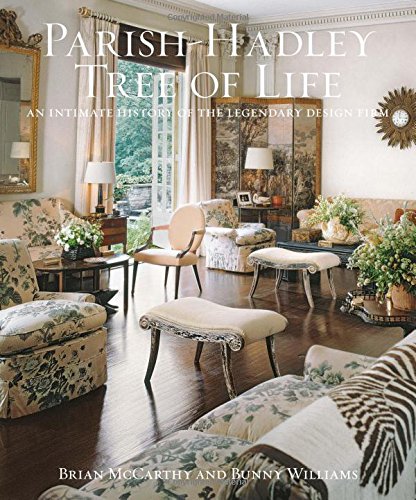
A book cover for The Parish-Hadley Tree of Life: An Intimate History of the Legendary Design Firm; Brian McCarthy; Crafts, Hobbies & Home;